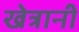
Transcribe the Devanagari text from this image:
खेत्रानी